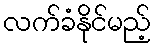
လက်ခံနိုင်မည့်